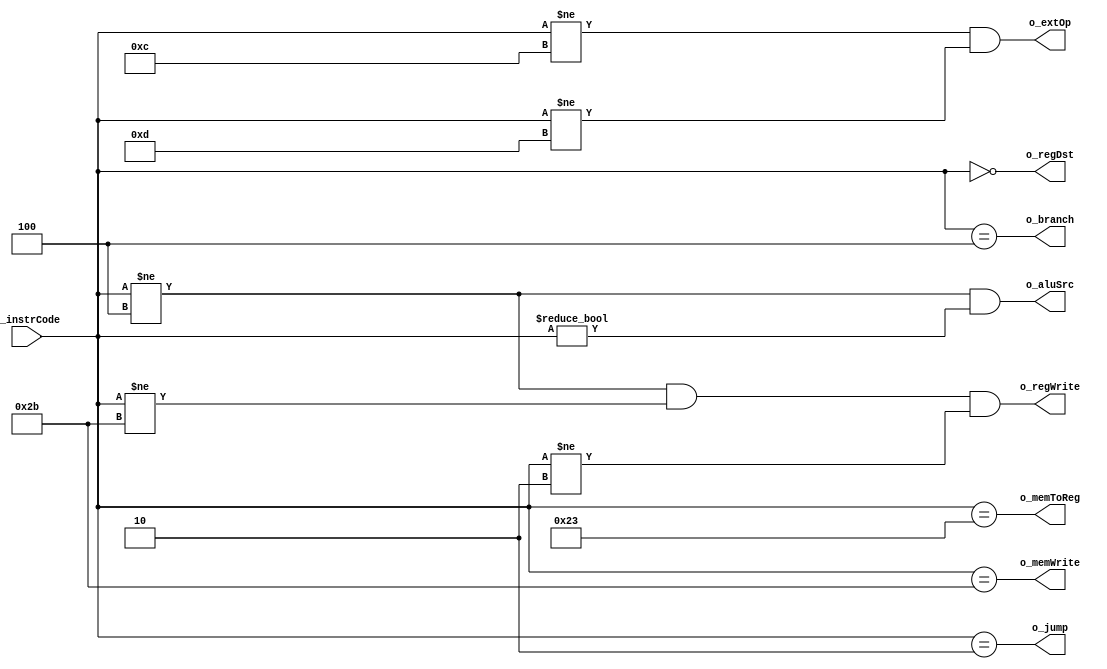
module control(i_instrCode, 
               o_regDst,
               o_jump, 
               o_branch,
               o_memToReg,
               o_memWrite,
               o_aluSrc,
               o_regWrite,
               o_extOp
               );
    
    input      [5:0] i_instrCode;
    output           o_regDst;
    output           o_jump; 
    output           o_branch;
    output           o_memToReg;
    output           o_memWrite;
    output           o_aluSrc;
    output           o_regWrite;
    output           o_extOp;


    localparam  R_TYPE_op = 6'b000000, ADDI_op = 6'b001000,          // opcode 
                ADDIU_op = 6'b001001, LW_op = 6'b100011,
                SW_op = 6'b101011,  BEQ_op = 6'b000100,
                J_op = 6'b000010, ANDI_op = 6'b001100,
                ORI_op = 6'b001101, SLTI_op = 6'b001010;

    assign o_regDst     = (i_instrCode == R_TYPE_op);
    assign o_jump       = (i_instrCode == J_op);
    assign o_branch     = (i_instrCode == BEQ_op);
    assign o_memToReg   = (i_instrCode == LW_op);
    assign o_memWrite   = (i_instrCode == SW_op);
    assign o_aluSrc     = (i_instrCode != BEQ_op && i_instrCode != R_TYPE_op);
    assign o_regWrite   = (i_instrCode != BEQ_op && i_instrCode != SW_op 
                                                && i_instrCode != J_op);
    assign o_extOp      = (i_instrCode != ANDI_op && i_instrCode != ORI_op);

endmodule